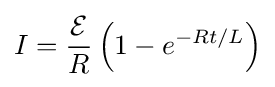
I={\frac {\mathcal {E}}{R}}\left(1-e^{-Rt/L}\right)\,\!